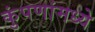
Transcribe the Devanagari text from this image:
कुंपणांमध्ये